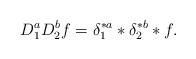
LaTeX: \begin{align*}D_1^a D_2^b f = \delta_1^{*a}* \delta_2^{*b}* f.\end{align*}